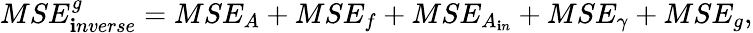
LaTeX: MSE_{\mathbf{i}nverse}^{g}=MSE_{A}+MSE_{f}+MSE_{A_{\mathbf{i}n}}+MSE_{\gamma}+MSE_{g},